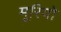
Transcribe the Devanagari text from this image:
मूरियो